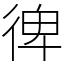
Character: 𢔌